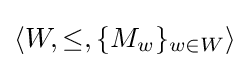
\langle W,\leq ,\{M_{w}\}_{w\in W}\rangle